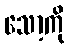
သော့ကို